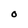
Character: 0